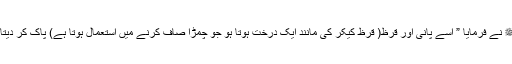
آپ ﷺ نے فرمایا ” اسے پانی اور قرظ( قرظ کیکر کی مانند ایک درخت ہوتا ہو جو چمڑا صاف کرنے میں استعمال ہوتا ہے) پاک کر دیتا ہے۔